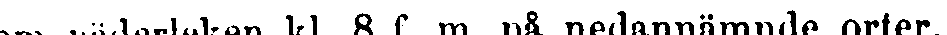
om väderleken kl. 8 f. m. på nedannämnde orter.